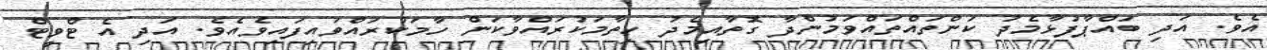
އެވެ. އަދި ބައްޕާފުޅާމެދު ކަންތައްތައްވަމުންދާ ގޮތާއިމެދު ހިތާމަކުރައްވާކަން ހާމަކުރައްވައިފައިވެއެވެ. އަދި އެ ޓްވީޓް